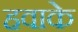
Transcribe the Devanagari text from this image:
हवाके